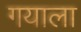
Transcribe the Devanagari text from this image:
गयाला